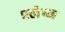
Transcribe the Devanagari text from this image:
श्‍लेष्‍म